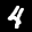
Label: 4